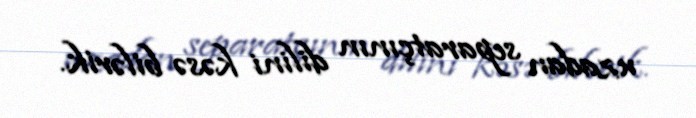
uzadan separatçının dilini kəsə bilərik.